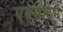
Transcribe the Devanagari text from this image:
एक्सोठेर्म